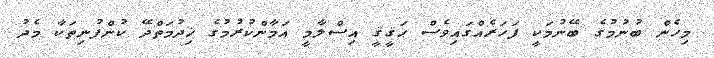
މިހެން ބުނުމުގެ ބޭނުމަކީ ފަހަރެއްގައިވެސް ޙަޤީޤީ އިސްލާމީ އަމާންކުރުމުގެ ޚިދުމަތްދޭ ކުންފުނިތަކާ މެދު